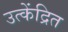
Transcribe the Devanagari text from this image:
उत्केंद्रित